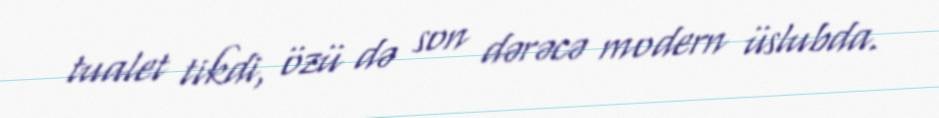
tualet tikdi, özü də son dərəcə modern üslubda.